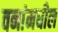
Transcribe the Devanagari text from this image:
वनांमधील